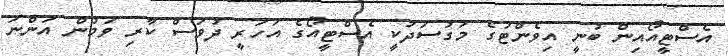
އެސްޓީއޯއިން ބުނީ އިވެންޓުގެ މަގުސަދަކީ އެސްޓީއޯގެ އަހަރީ ދުވަސް ކާރި ވަމުން އަންނަ